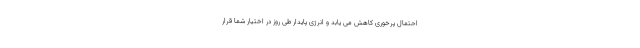
احتمال پرخوری کاهش می یابد و انرژی پایدار طی روز در اختیار شما قرار